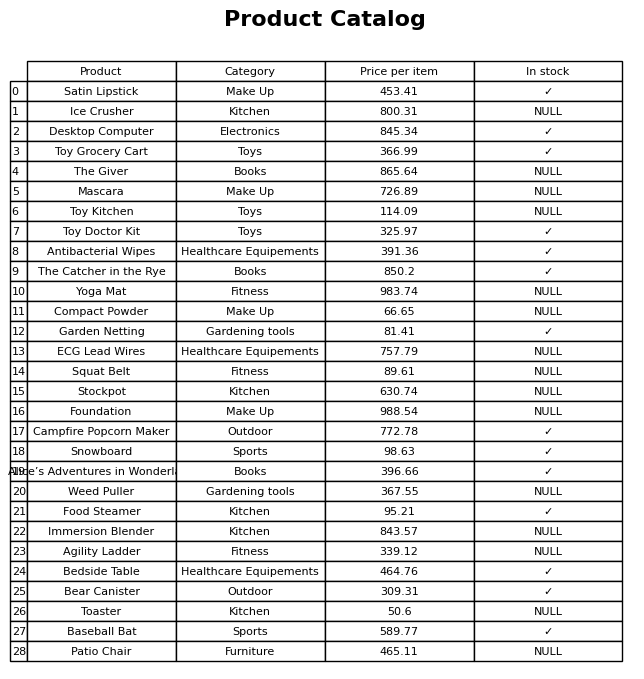
question: What is the stock status of the Garden Netting?
answer: ✓